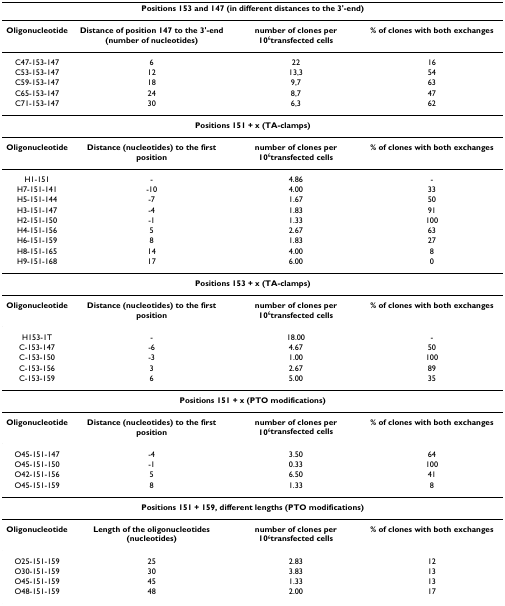
<table><thead><tr><td colspan="4"><b>Positions 153 and 147 (in different distances to the 3&#x27;-end)</b></td></tr></thead><tbody><tr><td><b>Oligonucleotide</b></td><td><b>Distance of position 147 to the 3&#x27;-end (number of nucleotides)</b></td><td><b>number of clones per 10</b><sup>6</sup><b>transfected cells</b></td><td><b>% of clones with both exchanges</b></td></tr><tr><td>C47-153-147</td><td>6</td><td>22</td><td>16</td></tr><tr><td>C53-153-147</td><td>12</td><td>13,3</td><td>54</td></tr><tr><td>C59-153-147</td><td>18</td><td>9,7</td><td>63</td></tr><tr><td>C65-153-147</td><td>24</td><td>8,7</td><td>47</td></tr><tr><td>C71-153-147</td><td>30</td><td>6,3</td><td>62</td></tr><tr><td colspan="4"><b>Positions 151 + x (TA-clamps)</b></td></tr><tr><td><b>Oligonucleotide</b></td><td><b>Distance (nucleotides) to the first position</b></td><td><b>number of clones per 10</b><sup>6</sup><b>transfected cells</b></td><td><b>% of clones with both exchanges</b></td></tr><tr><td>H1-151</td><td>-</td><td>4.86</td><td>-</td></tr><tr><td>H7-151-141</td><td>-10</td><td>4.00</td><td>33</td></tr><tr><td>H5-151-144</td><td>-7</td><td>1.67</td><td>50</td></tr><tr><td>H3-151-147</td><td>-4</td><td>1.83</td><td>91</td></tr><tr><td>H2-151-150</td><td>-1</td><td>1.33</td><td>100</td></tr><tr><td>H4-151-156</td><td>5</td><td>2.67</td><td>63</td></tr><tr><td>H6-151-159</td><td>8</td><td>1.83</td><td>27</td></tr><tr><td>H8-151-165</td><td>14</td><td>4.00</td><td>8</td></tr><tr><td>H9-151-168</td><td>17</td><td>6.00</td><td>0</td></tr><tr><td colspan="4"><b>Positions 153 + x (TA-clamps)</b></td></tr><tr><td><b>Oligonucleotide</b></td><td><b>Distance (nucleotides) to the first position</b></td><td><b>number of clones per 10</b><sup>6</sup><b>transfected cells</b></td><td><b>% of clones with both exchanges</b></td></tr><tr><td>H153-1T</td><td>-</td><td>18.00</td><td>-</td></tr><tr><td>C-153-147</td><td>-6</td><td>4.67</td><td>50</td></tr><tr><td>C-153-150</td><td>-3</td><td>1.00</td><td>100</td></tr><tr><td>C-153-156</td><td>3</td><td>2.67</td><td>89</td></tr><tr><td>C-153-159</td><td>6</td><td>5.00</td><td>35</td></tr><tr><td colspan="4"><b>Positions 151 + x (PTO modifications)</b></td></tr><tr><td><b>Oligonucleotide</b></td><td><b>Distance (nucleotides) to the first position</b></td><td><b>number of clones per 10</b><sup>6</sup><b>transfected cells</b></td><td><b>% of clones with both exchanges</b></td></tr><tr><td>O45-151-147</td><td>-4</td><td>3.50</td><td>64</td></tr><tr><td>O45-151-150</td><td>-1</td><td>0.33</td><td>100</td></tr><tr><td>O42-151-156</td><td>5</td><td>6.50</td><td>41</td></tr><tr><td>O45-151-159</td><td>8</td><td>1.33</td><td>8</td></tr><tr><td colspan="4"><b>Positions 151 + 159, different lengths (PTO modifications)</b></td></tr><tr><td><b>Oligonucleotide</b></td><td><b>Length of the oligonucleotides (nucleotides)</b></td><td><b>number of clones per 10</b><sup>6</sup><b>transfected cells</b></td><td><b>% of clones with both exchanges</b></td></tr><tr><td>O25-151-159</td><td>25</td><td>2.83</td><td>12</td></tr><tr><td>O30-151-159</td><td>30</td><td>3.83</td><td>13</td></tr><tr><td>O45-151-159</td><td>45</td><td>1.33</td><td>13</td></tr><tr><td>O48-151-159</td><td>48</td><td>2.00</td><td>17</td></tr></tbody></table>